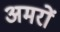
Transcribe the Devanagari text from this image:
अमरों